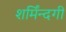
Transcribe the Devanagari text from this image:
शर्मिंन्दगी